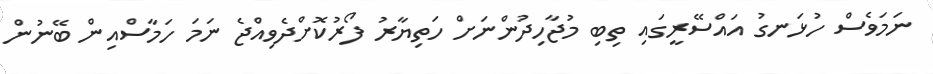
ނަމަވެސް ހުޅަނގު އައްސޭރީގައި ތިބި މުޖާހިދުންނަށް ހަތިޔާރު ފޯރުކޮށްދެވިއްޖެ ނަމަ ހަމާސްއިން ބޭނުން